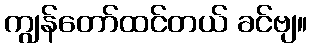
ကျွန်တော်ထင်တယ် ခင်ဗျ။